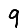
Digit: 9